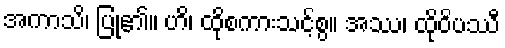
အကာသိ၊ ပြု၏။ ဟိ၊ ထိုစကားသင့်စွ။ အဿ၊ ထိုဝိပဿီ